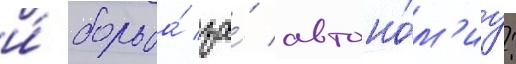
и́ борьба́ за́ автоно́м'иу: